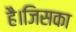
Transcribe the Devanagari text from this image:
है।जिसका